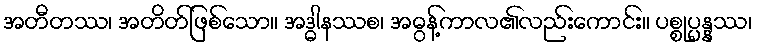
အတီတဿ၊ အတိတ်ဖြစ်သော။ အဒ္ဓါနဿစ၊ အဓွန့်ကာလ၏လည်းကောင်း။ ပစ္စုပ္ပန္နဿ၊